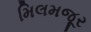
મિલમજૂર